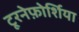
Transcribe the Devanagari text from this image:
टूरनेफ़ोर्शिया